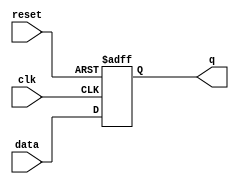
module dff_async_reset (data, clk, reset, q);
    //-----------Input Ports---------------
        input data, clk, reset ; 
    //-----------Output Ports---------------
        output q;
    //------------Internal Variables--------
        reg q;
    //-------------Code Starts Here---------
        always @ ( posedge clk or negedge reset)
            if (~reset) begin
                q <= 1'b0;
            end else begin
                q <= data;
            end
endmodule

module dlatch_reset (data, en, reset, q);
    //-----------Input Ports---------------
        input data, en, reset ; 
    //-----------Output Ports---------------
        output q;
    //------------Internal Variables--------
        reg q;
    //-------------Code Starts Here---------
        always @ ( en or reset or data)
            if (~reset) begin
                q <= 1'b0;
            end else if (en) begin
                q <= data;
            end
endmodule

module tff_async_reset (data, clk, reset, q);
    //-----------Input Ports---------------
        input data, clk, reset ; 
    //-----------Output Ports---------------
        output q;
    //------------Internal Variables--------
        reg q;
    //-------------Code Starts Here---------
        always @ ( posedge clk or negedge reset)
            if (~reset) begin
                q <= 1'b0;
            end else if (data) begin
                q <= !q;
            end
endmodule